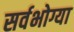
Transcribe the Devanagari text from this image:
सर्वभोग्या